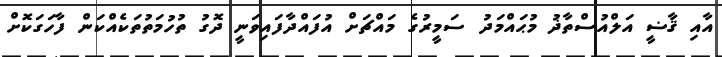
އާއި ޤާޟީ އަލްއުސްތާޛު މުޙައްމަދު ސަމީރުގެ މައްޗަށް އުފައްދާފައިވަނީ ދޮގު ތުހުމަތުތަކެއްކަން ފާހަގަކޮށް